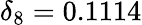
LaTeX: \delta_{8}=0.1114